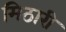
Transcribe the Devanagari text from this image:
मिठारी